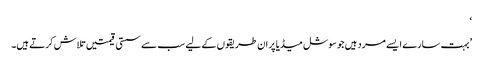
‘
’بہت سارے ایسے مرد ہیں جو سوشل میڈیا پر ان طریقوں کے لیے سب سے سستی قیمتیں تلاش کرتے ہیں۔